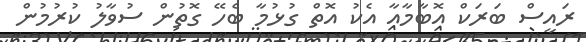
ރައީސް ބަަރަކް އޮބާމާއާ އެކު އޮތް ގުޅުމާ ބެހޭ ގޮތުން ސުވާލު ކުރުމުން